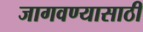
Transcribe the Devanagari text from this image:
जागवण्यासाठी